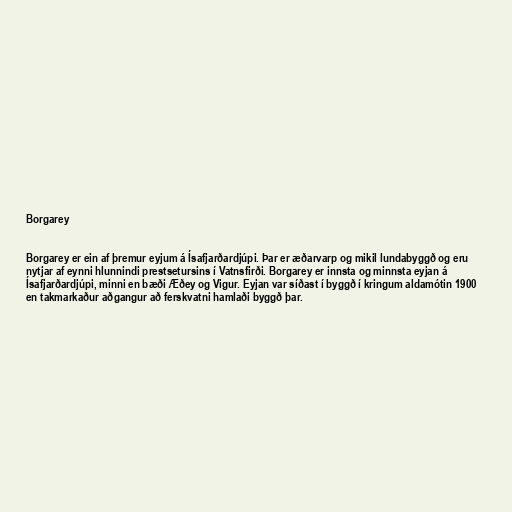
Borgarey

Borgarey er ein af þremur eyjum á Ísafjarðardjúpi. Þar er æðarvarp og mikil lundabyggð og eru
nytjar af eynni hlunnindi prestsetursins í Vatnsfirði. Borgarey er innsta og minnsta eyjan á
Ísafjarðardjúpi, minni en bæði Æðey og Vigur. Eyjan var síðast í byggð í kringum aldamótin 1900
en takmarkaður aðgangur að ferskvatni hamlaði byggð þar.